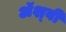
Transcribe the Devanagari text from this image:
ॲश्बी